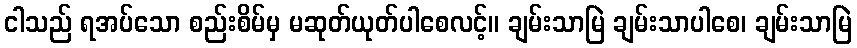
ငါသည် ရအပ်သော စည်းစိမ်မှ မဆုတ်ယုတ်ပါစေလင့်။ ချမ်းသာမြဲ ချမ်းသာပါစေ၊ ချမ်းသာမြဲ